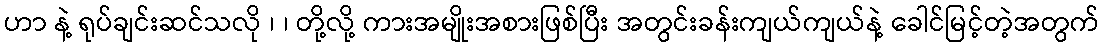
ဟာ နဲ့ ရုပ်ချင်းဆင်သလို ၊ ၊ တို့လို့ ကားအမျိုးအစားဖြစ်ပြီး အတွင်းခန်းကျယ်ကျယ်နဲ့ ခေါင်မြင့်တဲ့အတွက်